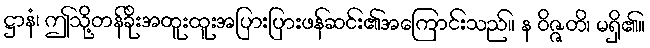
ဋ္ဌာနံ၊ ဤသို့တန်ခိုးအထူးထူးအပြားပြားဖန်ဆင်း၏အကြောင်းသည်။ န ဝိဇ္ဇတိ၊ မရှိ၏။